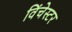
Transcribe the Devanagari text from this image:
विंचेस्‍टर